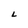
Character: L